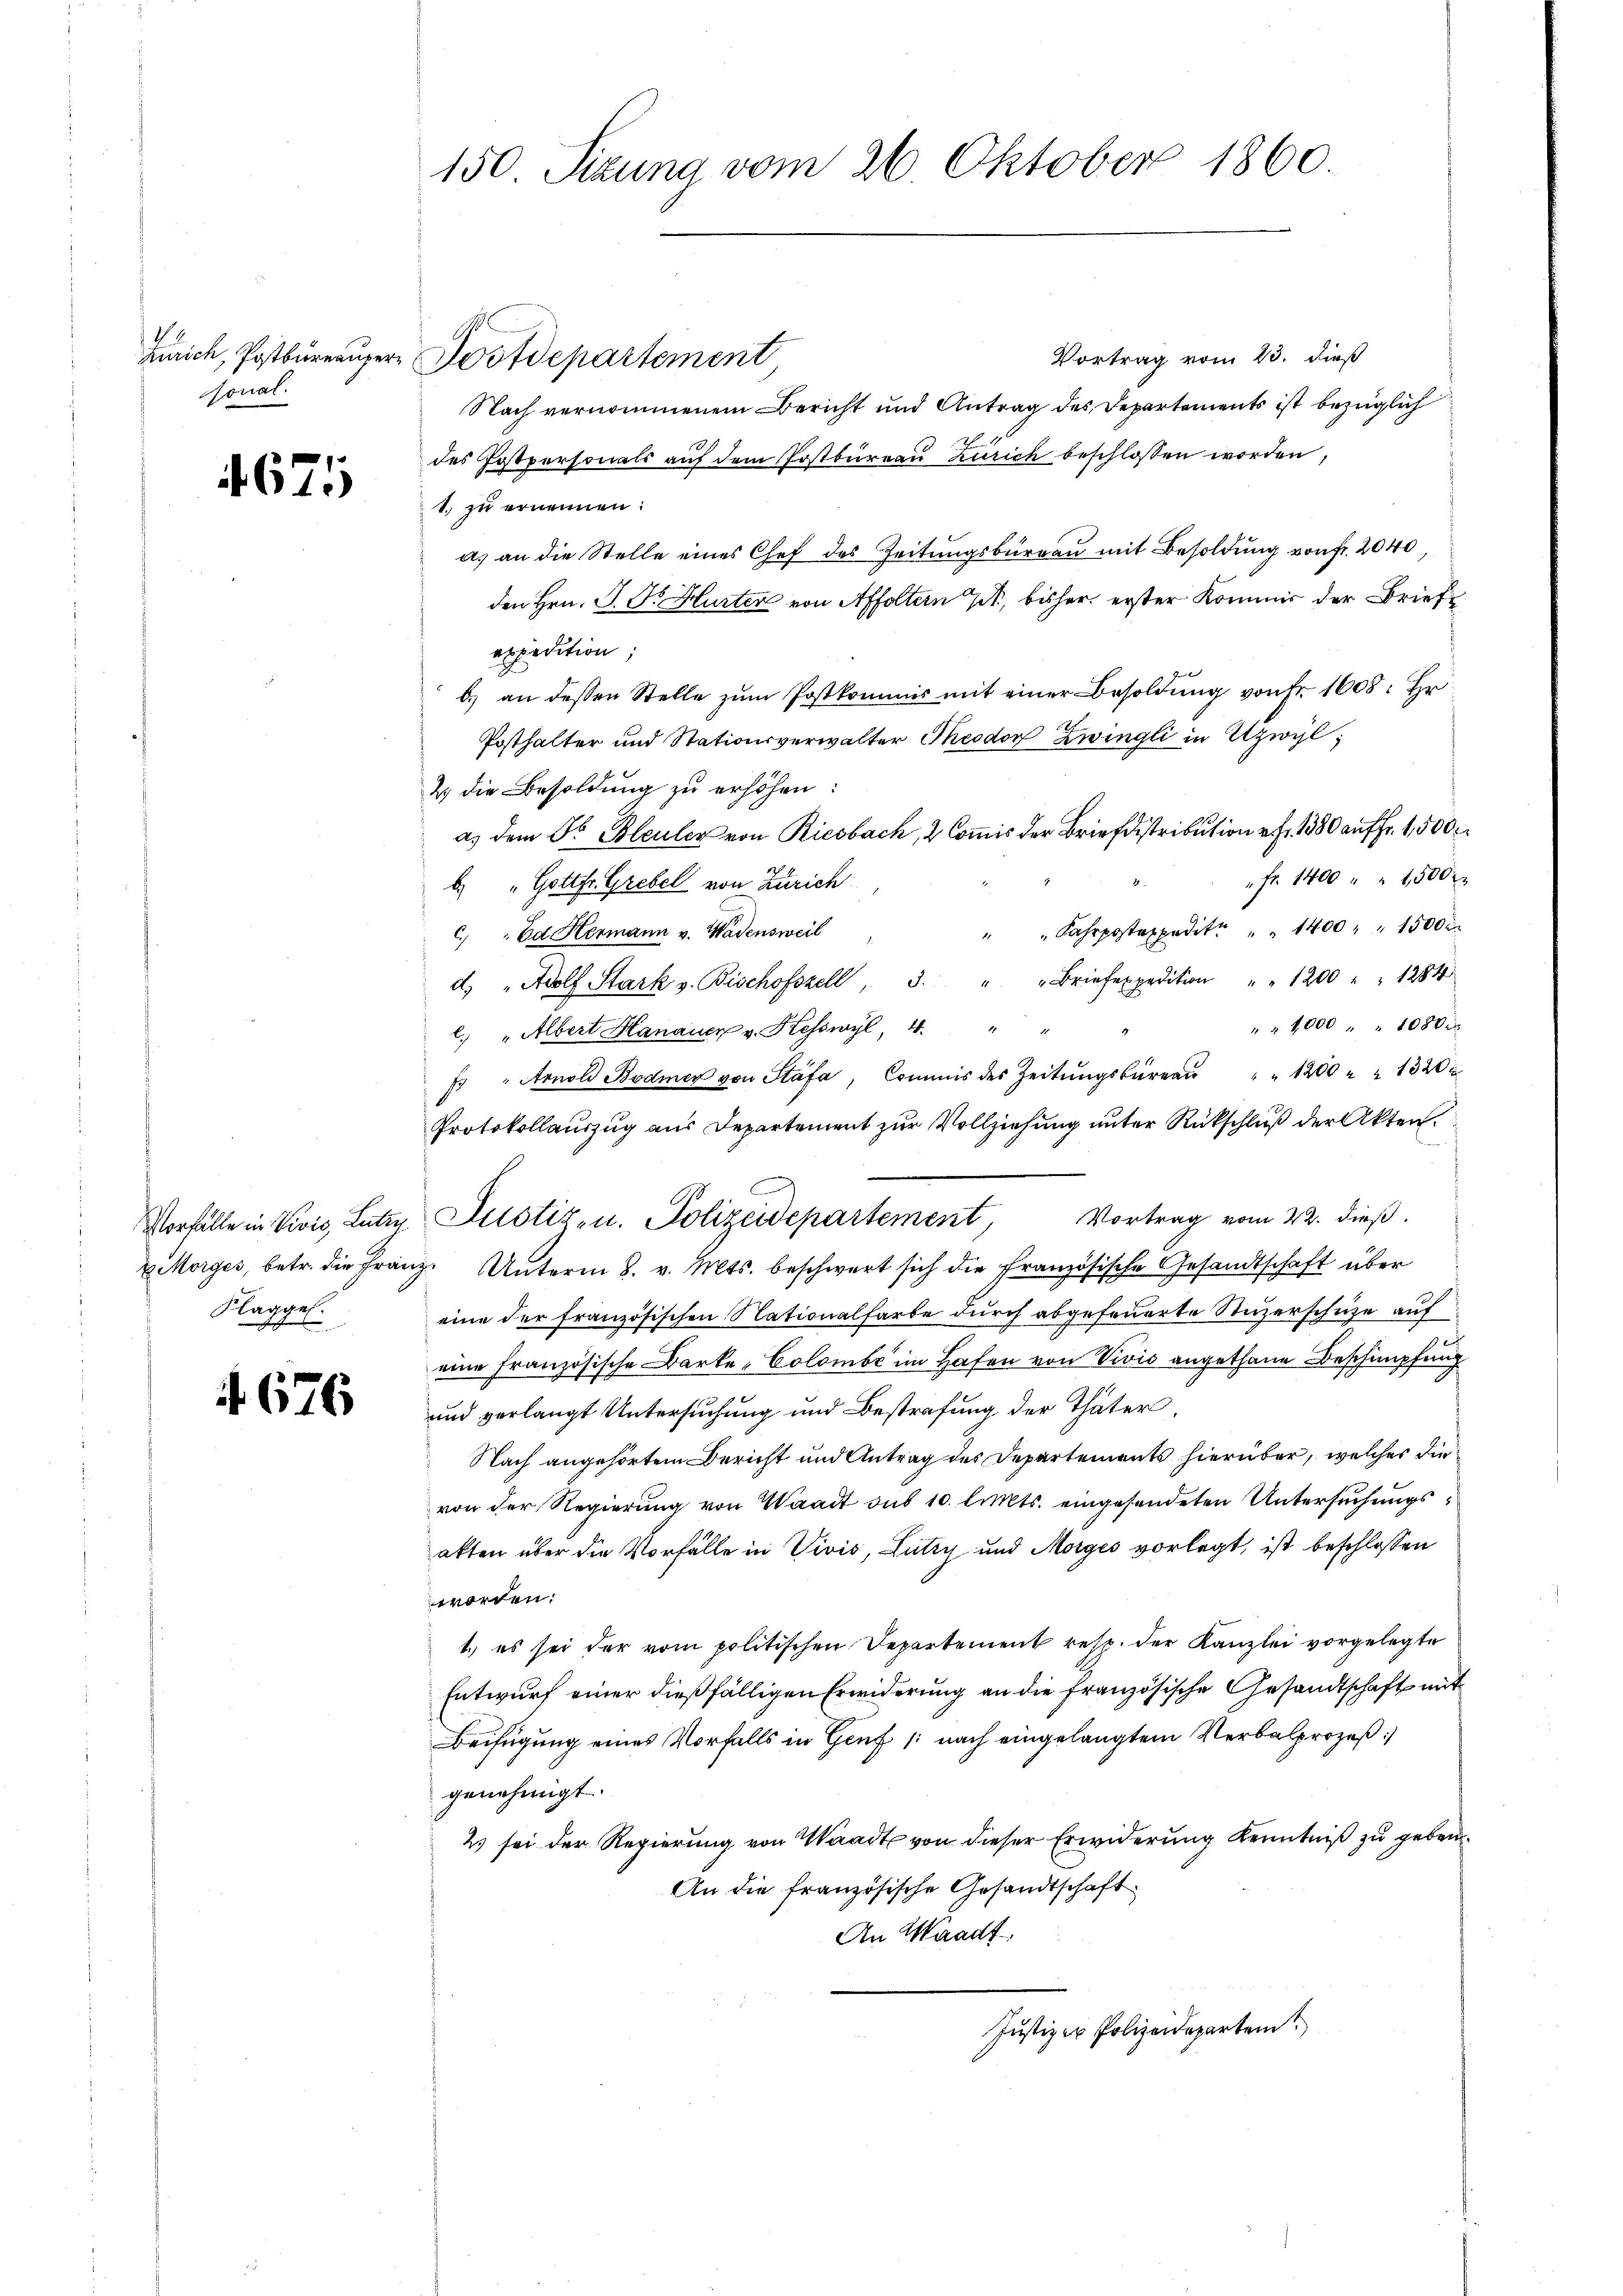
1.8.
sonal.

4675

Vortrag vom 23. dieß
Nach vernommenem Bericht und Antrag des Departements ist bezüglich
des Postpersonals aŭf dem Postbüreau Zürich beschlossen worden,
1. zu ernennen:
a) an die Stelle eines Chef des Zeitungsbüreau mit Besoldung von Fr. 2040,
den Hrn. P. Dr. Hurter von Affoltern , bisher erster Kommis der Brief
expedition,
b.) an dessen Stelle zŭm Postkommis mit einer Besoldŭng von Fr. 1608: Hr.
Posthalter und Stationsverwalter Theodor Zwingli in Uzwyl,
2 die Besoldung zu erhöhen:
a.) Dem Dr. Bleuler von Riesbach, 2 Commis der Briefdistribution rt. 1380 auf Fr. 1,500
" Fr. 1400 " " 1500 x
b.) " Gottfr. Grebel von Zürich
" " Fahrpostexpedite " " 1400 " " 1500
c) "Ed Hermann v. Wadensweil
d. Adolf Stark v. Bischofszell 3. " " Briefexpedition " " 1200 " " 1284
" " 1000 " " 1080 xx
l. " Albert Hanauer v. Kesswyl, 4. " "
 " Arnold Bodmer von Stäfa, Commis des Zeitŭngsbüreaŭ " " 1200 " " 1320
Protokollauszug aus Departement zur Vollziehung unter Rückschluß der Akten
Vorfälle in Vivis, Lutzy, Pustiz- u. Polizeidepartement, Vortrag vom 22. dieβ.
u Morges, betr. die Franz. Unterm 8. v. Mts. beschwert sich die Französische Gesandtschaft über
eine der französischen Nationalfarbe dŭrch abgefeŭerte Stüzerschüze auf
eine Französische Barke Colombe im Hafen von Vivis angethane Beschimpfung
 ŭnd verlangt Untersŭchŭng und Bestrafŭng der Thäter.
Nach angehörtem Bericht und Antrag des Departements hierüber, welches die
von der Regierung von Waadt sub 10 lits. eingesendeten Untersuchungs
akten über die Vorfälle in Vivis, Lutry und Morges vorlegt, ist beschlossen
worden:
1.) es sei der vom politischen Departement resp. der Kanzlei vorgelegte
Entwurf einer dießfälligen Erwiderung an die französische Gesandtschaft mit
Beifügung eines Vorfalls in Genf /: nach eingelangtem Verbalprozeß
genehmigt.
2 sei der Regierung von Waadt von dieser Erwiderung Kenntniß zu geben¬
An die französische Gesandtschaft
An Waadt
Justiz - Polizeidepartem

Kägg
t

150. Sizung vom 26. Oktober 1860.

Zürich, Postbureauser Postdepartement